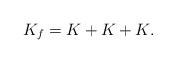
LaTeX: \begin{align*}K_f = K_{}+K_{}+K_{}.\end{align*}